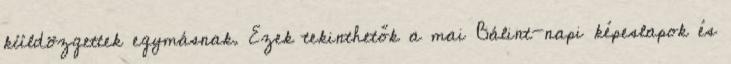
küldözgettek egymásnak. Ezek tekinthetők a mai Bálint-napi képeslapok és